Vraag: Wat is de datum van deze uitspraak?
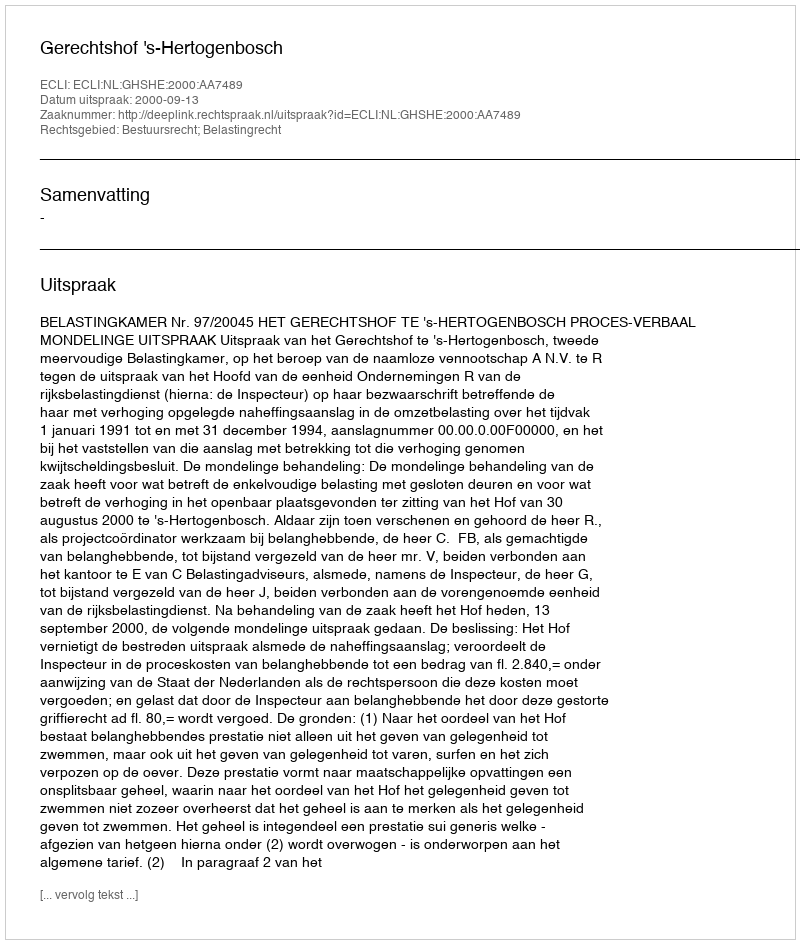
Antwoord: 2000-09-13